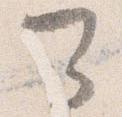
可